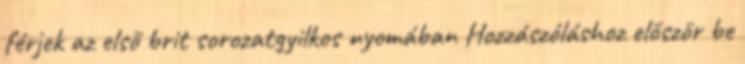
férjek az első brit sorozatgyilkos nyomában Hozzászóláshoz először be